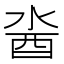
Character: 𨠆